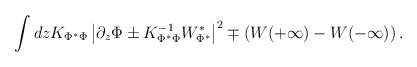
\begin{align*}\int dz K_{\Phi^*\Phi} \left | \partial_z\Phi\pm K_{\Phi^*\Phi}^{-1} W_{\Phi^*}^* \right |^2 \mp\left (W(+\infty) - W(-\infty)\right ).\end{align*}